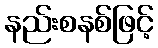
နည်းစနစ်ဖြင့်